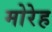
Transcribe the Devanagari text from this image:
मोरेह